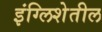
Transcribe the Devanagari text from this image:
इंग्लिशेतील